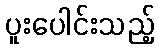
ပူးပေါင်းသည့်